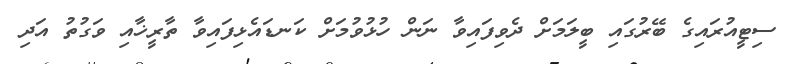
ސިޓީއުރައިގެ ބޭރުގައި ބީލަމަށް ދެވިފައިވާ ނަން ހުޅުވުމަށް ކަނޑައެޅިފައިވާ ތާރީޚާއި ވަގުތު އަދި